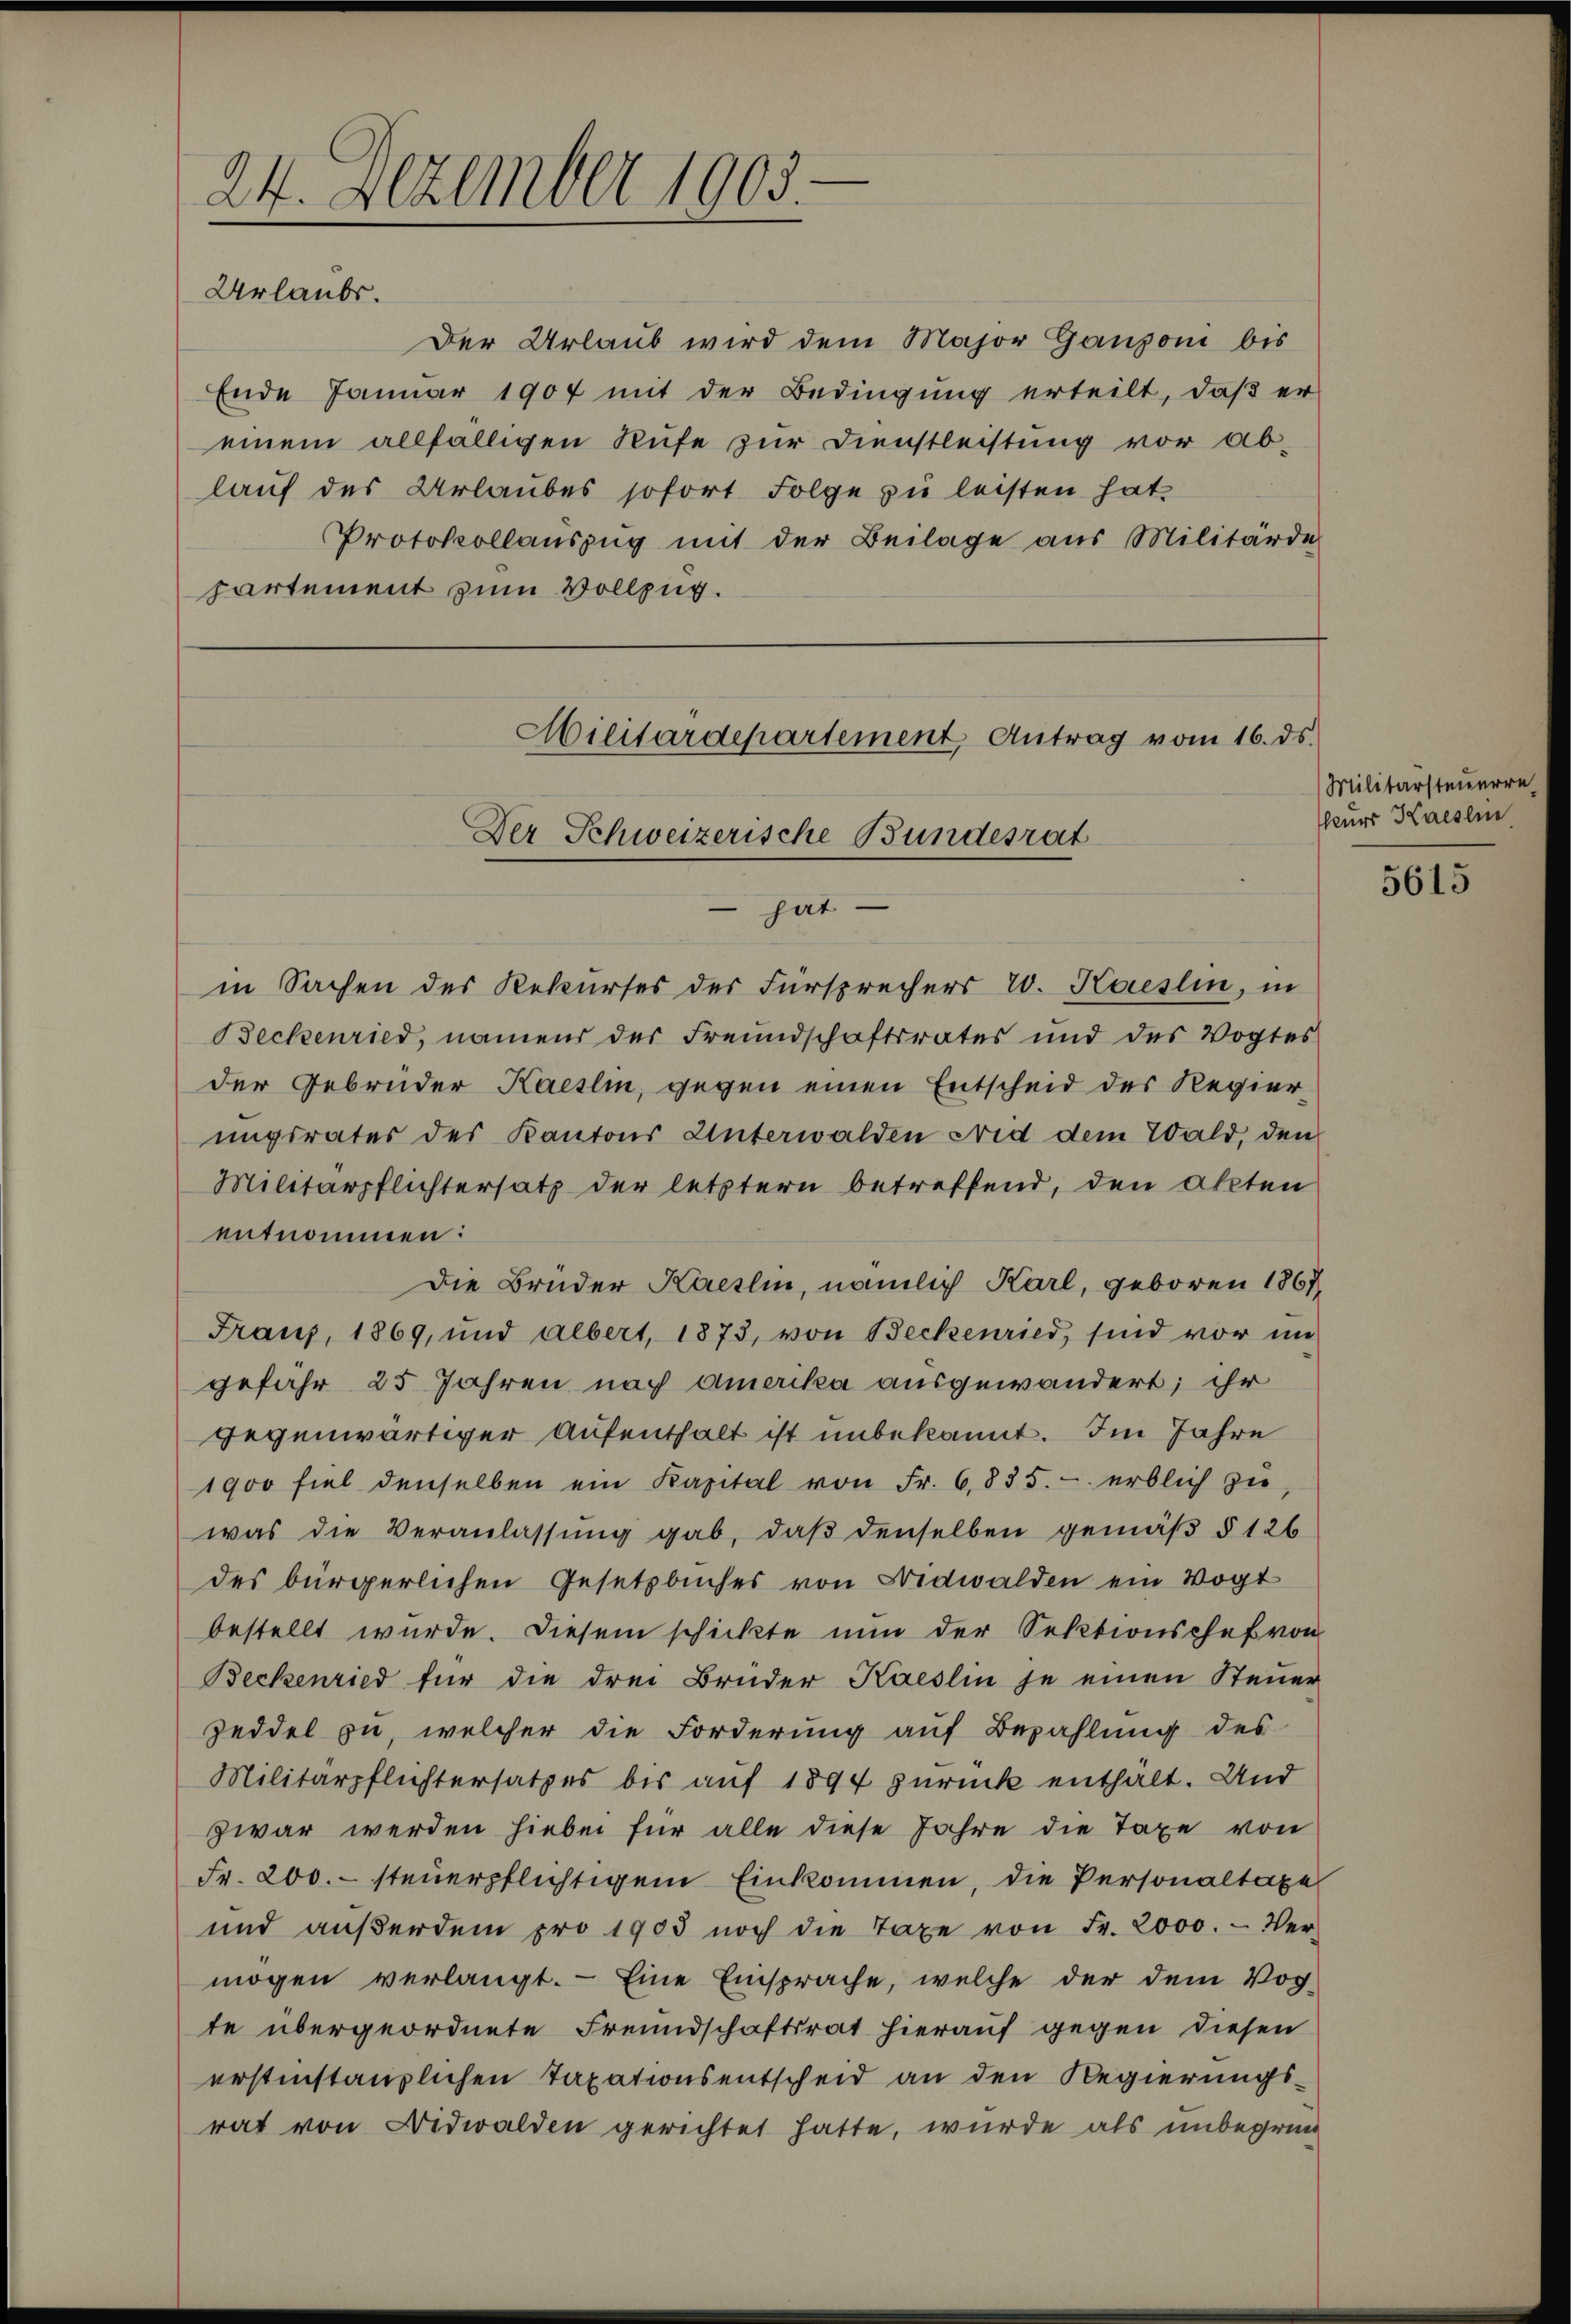
24. Dezember 1903.

Urlaubs.

Der Urlaub wird dem Major Ganzoni bis
Ende Januar 1907 mit der Bedingung erteilt, daß er
einem allfälligen Rufe zur Dienstleistung vor ab-
lauf des Urlaubes sofort Folge zu leisten hat
Protokollauszug mit der Beilage aus Militärde
partement zum Vollzug.

Militärdepartement Antrag vom 16. ds.
Der Schweizerische Bundesrat
 hat

Militärsteuerre
seurs Kaeslin

in Sachen des Rekurses der Fürsprechers 20. Kaeslin, in
Beckenried, namend der Freundschaftsrates und des Vogtes
der Gebrüder Kaeslin, gegen einen Entscheid der Revierungsrates des Kantons Unterwalden Frid dem Wald, den
Militärpflichtersatz der letztern betreffend, den Akten
entnommen:
Die Brüder Kieslin, nämlich Karl, geboren 1867
Franz, 1869, und albert, 1873, von Beckenried, sind vor im
gefähr 25 Jahren nach Amerika ausgewandert; ihr
gegenwärtiger Aufenthalt ist unbekannt. Im Jahre
1900 fiel denselben ein Kapital von Fr. 6835. - erblich zŭ
was die Veranlassŭng gab, daβ denselben gemäβ § 126
des bürgerlichen Gesetzbuches von Nidwalden ein Vogt
bestellt wurde. Diesem schickte nun der Sektionschef von
Beckenried für die drei Brüder Kaeslin je einen Steuer
zeddel zu, welcher die Forderung auf Bezahlung des
Militärpflichtersatzes bis auf 1894 zurück enthalt. Und
zwar werden hiebei für alle diese Jahre die Taxe von
Fr. 200. – steuerpflichtigem Einkommen, die Personaltaxe
und aŭβerdem pro 1905 noch die Taxe von Fr. 2000. - Ver-
mögen verlangt. - Eine Einsprache, welche der dem Vog-
te übergeordnete Freundschaftsrat hierauf gegen diesen
erstinstanzlichen Taxationsentscheid an den Regierungsrat von Nidwalden gerichtet hatte, wurde als unbegrün

5615